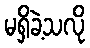
မရှိခဲ့သလို